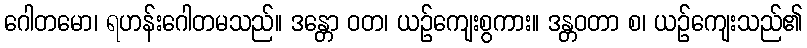
ဂေါတမော၊ ရဟန်းဂေါတမသည်။ ဒန္တော ဝတ၊ ယဉ်ကျေးစွကား။ ဒန္တဝတာ စ၊ ယဉ်ကျေးသည်၏